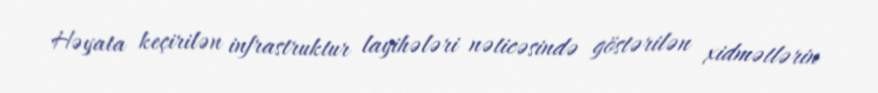
Həyata keçirilən infrastruktur layihələri nəticəsində göstərilən xidmətlərin